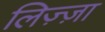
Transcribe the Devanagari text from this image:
लिज़्ज़ा